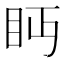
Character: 眄